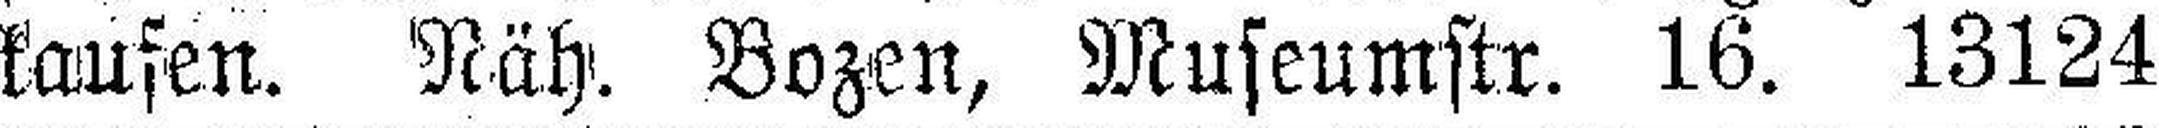
kaufen. Näh. Bozen, Museumstr. 16. 13124